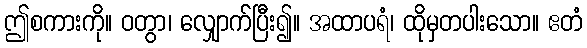
ဤစကားကို။ ဝတွာ၊ လျှောက်ပြီး၍။ အထာပရံ၊ ထိုမှတပါးသော။ ဧတံ